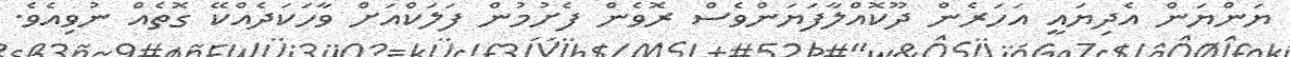
ޔަންޔަން އެދިޔައީ އަހަރެން ދޫކޮއްލާފަޔަންވެސް ރޮވެން ފެށުމުން ފަލަކްއަށް ވާހަކަދެއްކޭ ގޮތެއް ނުވިއެވެ.